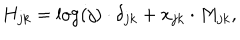
LaTeX: H _ { j k } = \log ( j ) \cdot \delta _ { j k } + x _ { j k } \cdot M _ { j k } ,